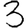
Digit: 3